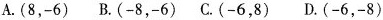
A.(8，-6) B.(-8，-6) C.(-6，8) D.(-6，-8)